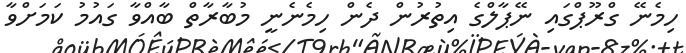
ހިމެނޭ ގްރޫޕްގައި ނޭޕާލްގެ އިތުރުން ދެން ހިމެނެނީ މުބާރާތް ބާއްވާ ގައުމު ކަމަށްވާ